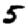
Digit: 5